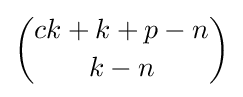
{\binom {ck+k+p-n}{k-n}}